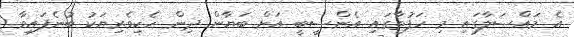
އެ މައްސަލާގައި މި ހަފުތާގައި އެންސީބީ އަށް ބަޔާން ދިން ހެކިވެރިޔަކު ބުނެފައިވާ